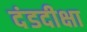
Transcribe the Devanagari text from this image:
दंडदीक्षा